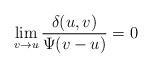
LaTeX: \begin{align*} \lim_{v\rightarrow u}\frac{\delta(u,v)}{\Psi(v-u)}=0 \quad\end{align*}